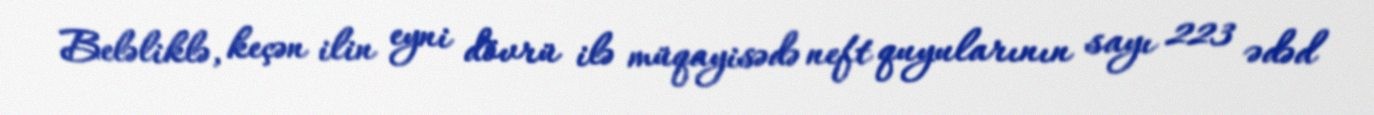
Beləliklə, keçən ilin eyni dövrü ilə müqayisədə neft quyularının sayı 223 ədəd